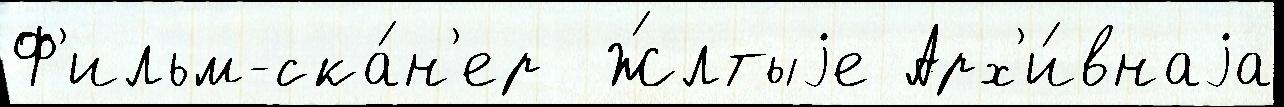
Ф'ильм-ска́н'ер  Ж́лтыjе Арх'и́внаjа